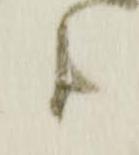
候